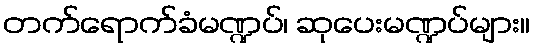
တက်ရောက်ခံမဏ္ဍပ်၊ ဆုပေးမဏ္ဍပ်များ။